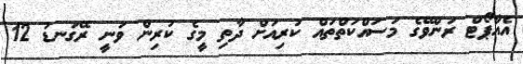
އެއާޕޯޓް ރަންވޭގެ މަސައްކަތްތައް ކުރިއަށް ދާތި މީގެ ކުރިން ވަނީ ރޭގަނޑު 12